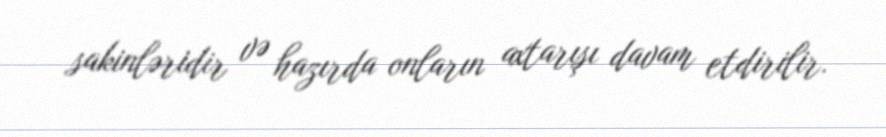
sakinləridir və hazırda onların axtarışı davam etdirilir.